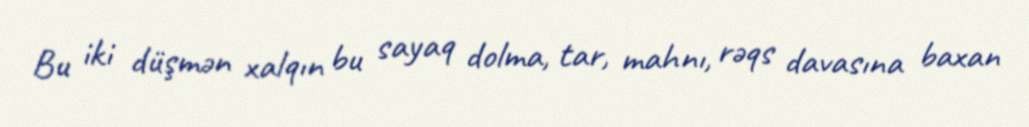
Bu iki düşmən xalqın bu sayaq dolma, tar, mahnı, rəqs davasına baxan